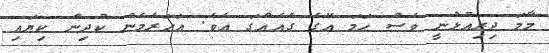
މާމަ ދިރިއުޅުނީ ވެސް ހަމަ އޭގެ ގެއެއްގަ އެވެ. އަހަރެމެން ކުދިން ކިޔައި